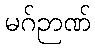
မဂ်ဉာဏ်